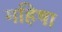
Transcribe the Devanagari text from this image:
महिषा